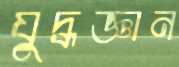
যুদ্ধজ্ঞান